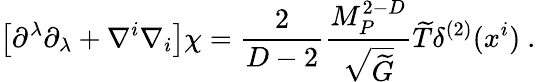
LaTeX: \left[\partial^{\lambda}\partial_{\lambda}+\nabla^{i}\nabla_{i}\right]\chi={\frac{2}{D-2}}{\frac{M_{P}^{2-D}}{\sqrt{\widetilde G}}}{\widetilde T}\delta^{(2)}(x^{i})~.